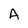
Character: A